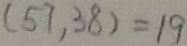
( 5 7 , 3 8 ) = 1 9